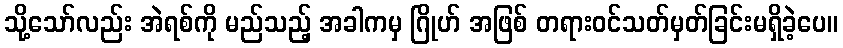
သို့သော်လည်း အဲရစ်ကို မည်သည့် အခါကမှ ဂြိုဟ် အဖြစ် တရားဝင်သတ်မှတ်ခြင်းမရှိခဲ့ပေ။